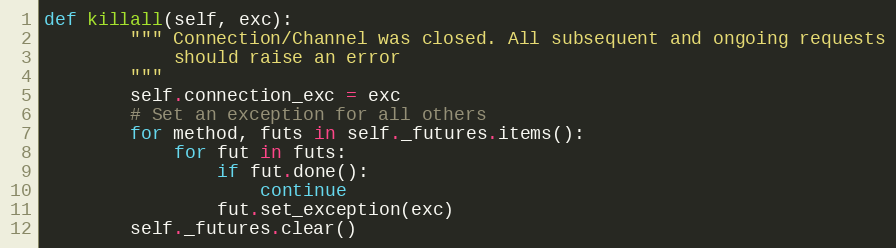
Language: Python
def killall(self, exc):
        """ Connection/Channel was closed. All subsequent and ongoing requests
            should raise an error
        """
        self.connection_exc = exc
        # Set an exception for all others
        for method, futs in self._futures.items():
            for fut in futs:
                if fut.done():
                    continue
                fut.set_exception(exc)
        self._futures.clear()